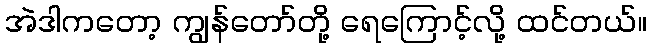
အဲဒါကတော့ ကျွန်တော်တို့ ရေကြောင့်လို့ ထင်တယ်။